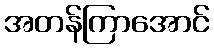
အတန်ကြာအောင်